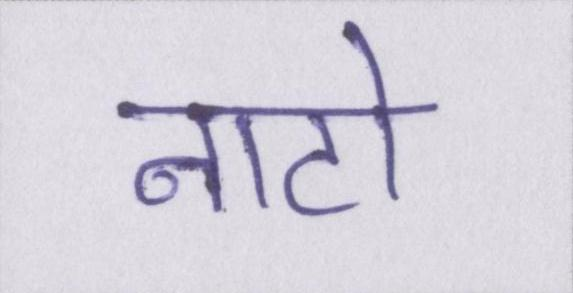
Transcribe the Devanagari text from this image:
नाटो